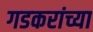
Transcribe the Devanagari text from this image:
गडकरांच्या